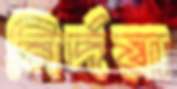
নির্দয়া